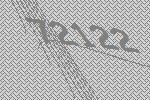
72122